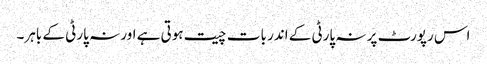
اس رپورٹ پر نہ پارٹی کے اندر بات چیت ہوتی ہے اور نہ پارٹی کے باہر۔